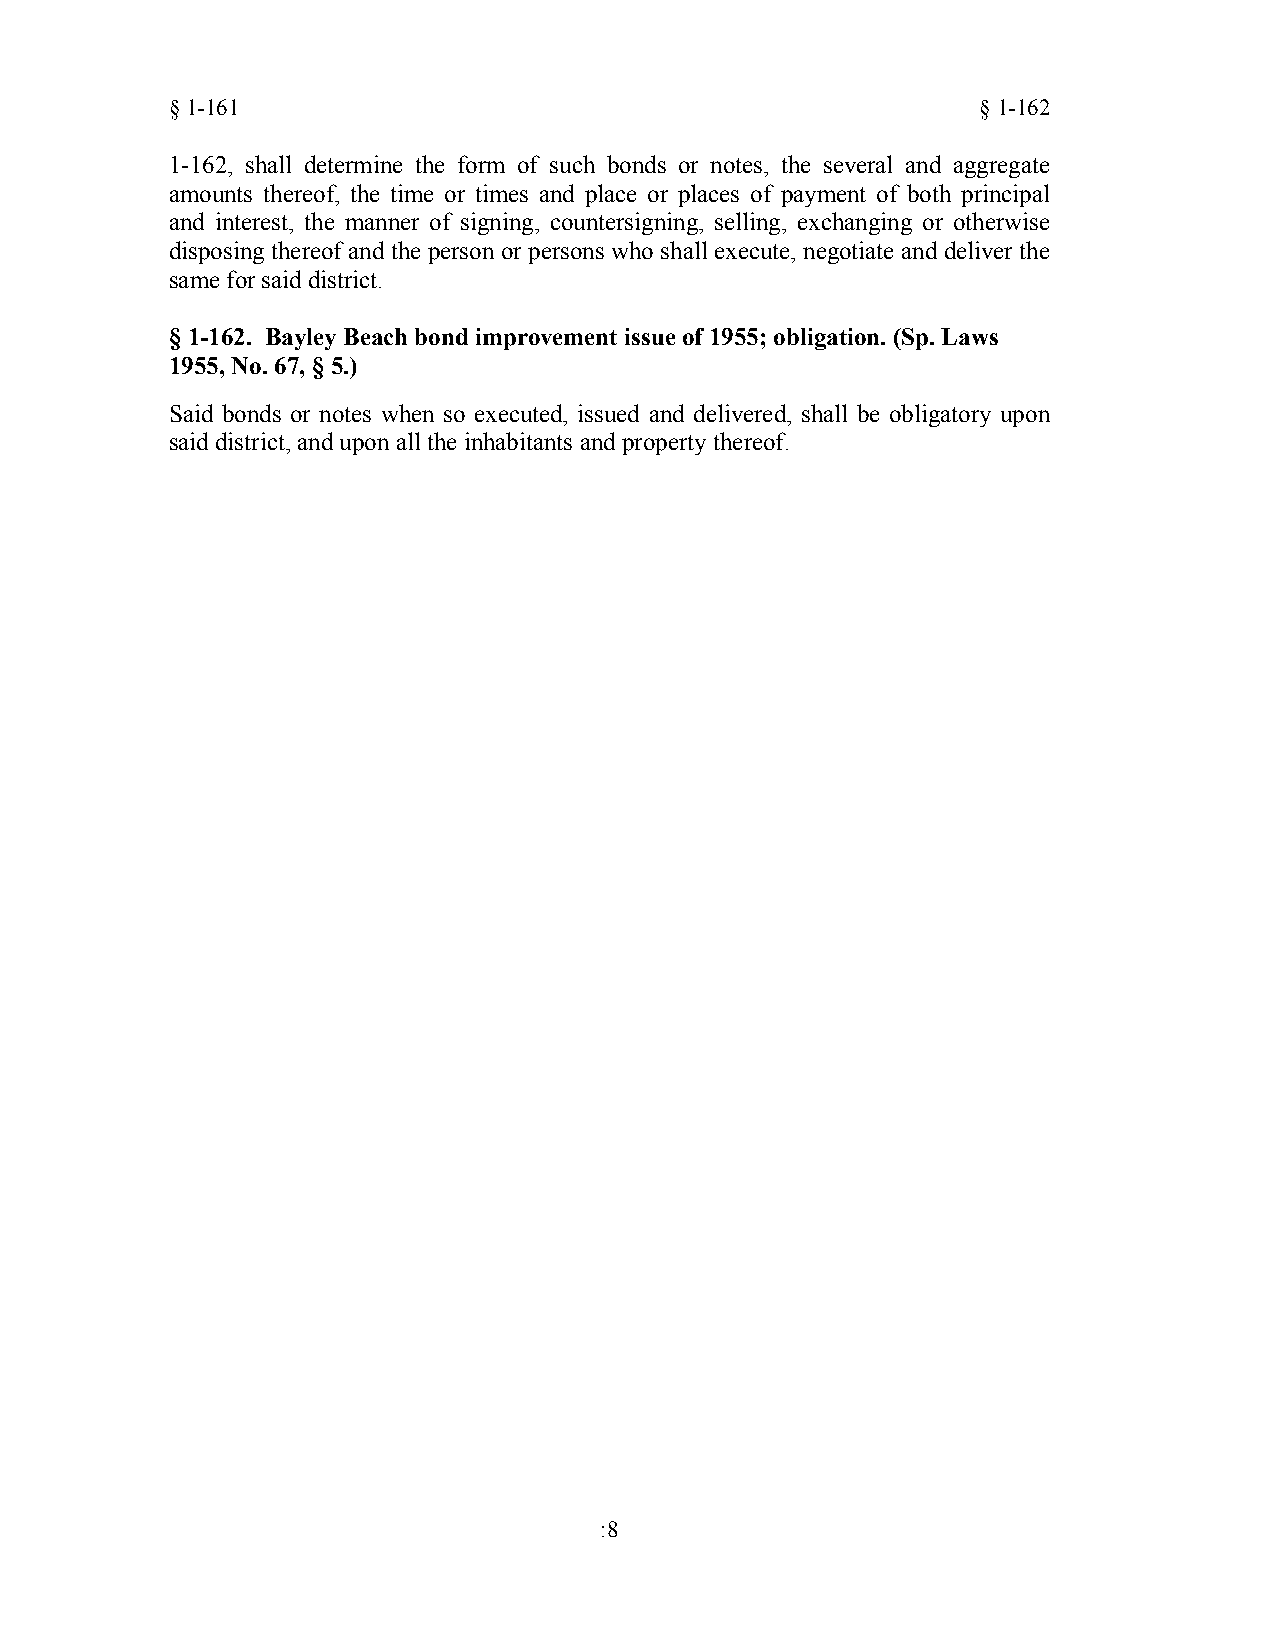
§1-161                                                §1-162
 1-162, shall determine the form of such bonds or notes, the several and aggregate
 amounts thereof, the time or times and place or places of payment of both principal
 and interest, the manner of signing, countersigning, selling, exchanging or otherwise
 disposing thereof and the person or persons who shall execute, negotiate and deliver the
 same for said district.
 §1-162. Bayley Beach bond improvement issue of 1955; obligation. (Sp. Laws
 1955, No. 67, § 5.)
 Said bonds or notes when so executed, issued and delivered, shall be obligatory upon
 said district, and upon all the inhabitants and property thereof.
 :8